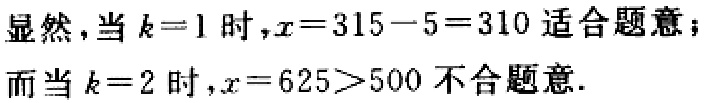
显然，当\(k = 1\)时，\(x = 315 - 5 = 310\)适合题意；

而当\(k = 2\)时，\(x = 625>500\)不合题意.